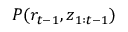
P ( r _ { t - 1 } , \boldsymbol { z } _ { 1 : t - 1 } )